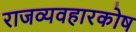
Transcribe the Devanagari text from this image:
राजव्यवहारकोष